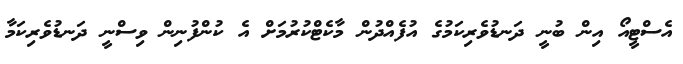
އެސްޓީއޯ އިން ބުނީ ދަނޑުވެރިކަމުގެ އުފެއްދުން މާކެޓްކުރުމަށް އެ ކުންފުނިން ވިސްނީ ދަނޑުވެރިކަމާ